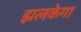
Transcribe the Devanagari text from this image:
झलकेगा